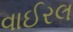
વાઈરલ